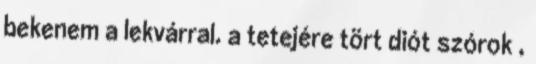
bekenem a lekvárral. a tetejére tört diót szórok ,